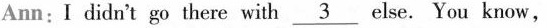
Ann:I didn't go there with \underline{3}else. You know,